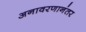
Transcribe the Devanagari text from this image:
अनावरणानंतर